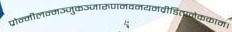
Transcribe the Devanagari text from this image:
प्रोन्मीलन्मञ्जुकञ्जारुणनवनयनव्रीडितानेककाम।